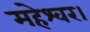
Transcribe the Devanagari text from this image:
महेश्वर।